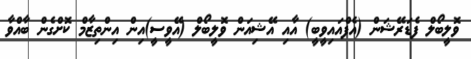
ވޮލީބޯލް ފެޑަރޭޝަން (އެފްއައިވީބީ) އާއި އޭޝިއަން ވޮލީބޯލް (އޭވީސީ)އިން އިންތިޒާމް ކޮށްގެން ބާއްވާ